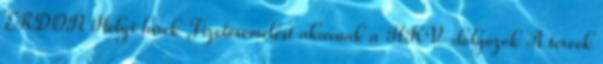
ERDON Helyi hírek Fizetésemelést akarnak a HKV-dolgozók A tervek